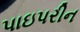
પાઇપરીન